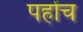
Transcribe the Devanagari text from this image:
पहोंच